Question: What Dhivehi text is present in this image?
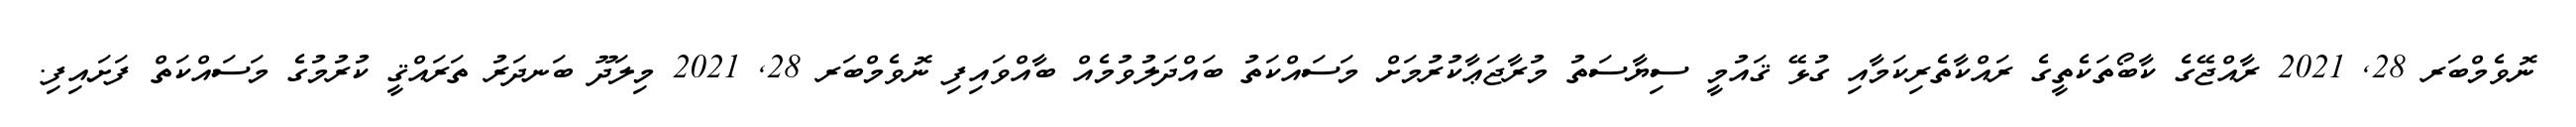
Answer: ނޮވެމްބަރ 28, 2021 ރާއްޖޭގެ ކާބޯތަކެތީގެ ރައްކާތެރިކަމާއި ގުޅޭ ޤައުމީ ސިޔާސަތު މުރާޖަޢާކުރުމަށް މަސައްކަތު ބައްދަލުވުމެއް ބާއްވައިފި ނޮވެމްބަރ 28, 2021 މިލަދޫ ބަނދަރު ތަރައްޤީ ކުރުމުގެ މަސައްކަތް ފަށައިފި.